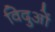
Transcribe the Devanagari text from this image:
विदुओं